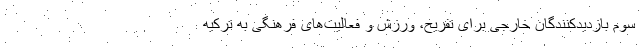
سوم بازدیدکنندگان خارجی برای تفریح، ورزش و فعالیت‌های فرهنگی به ترکیه